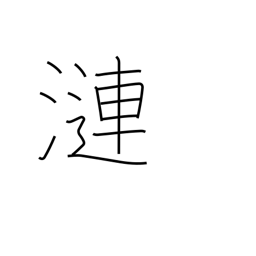
Meaning: ripples